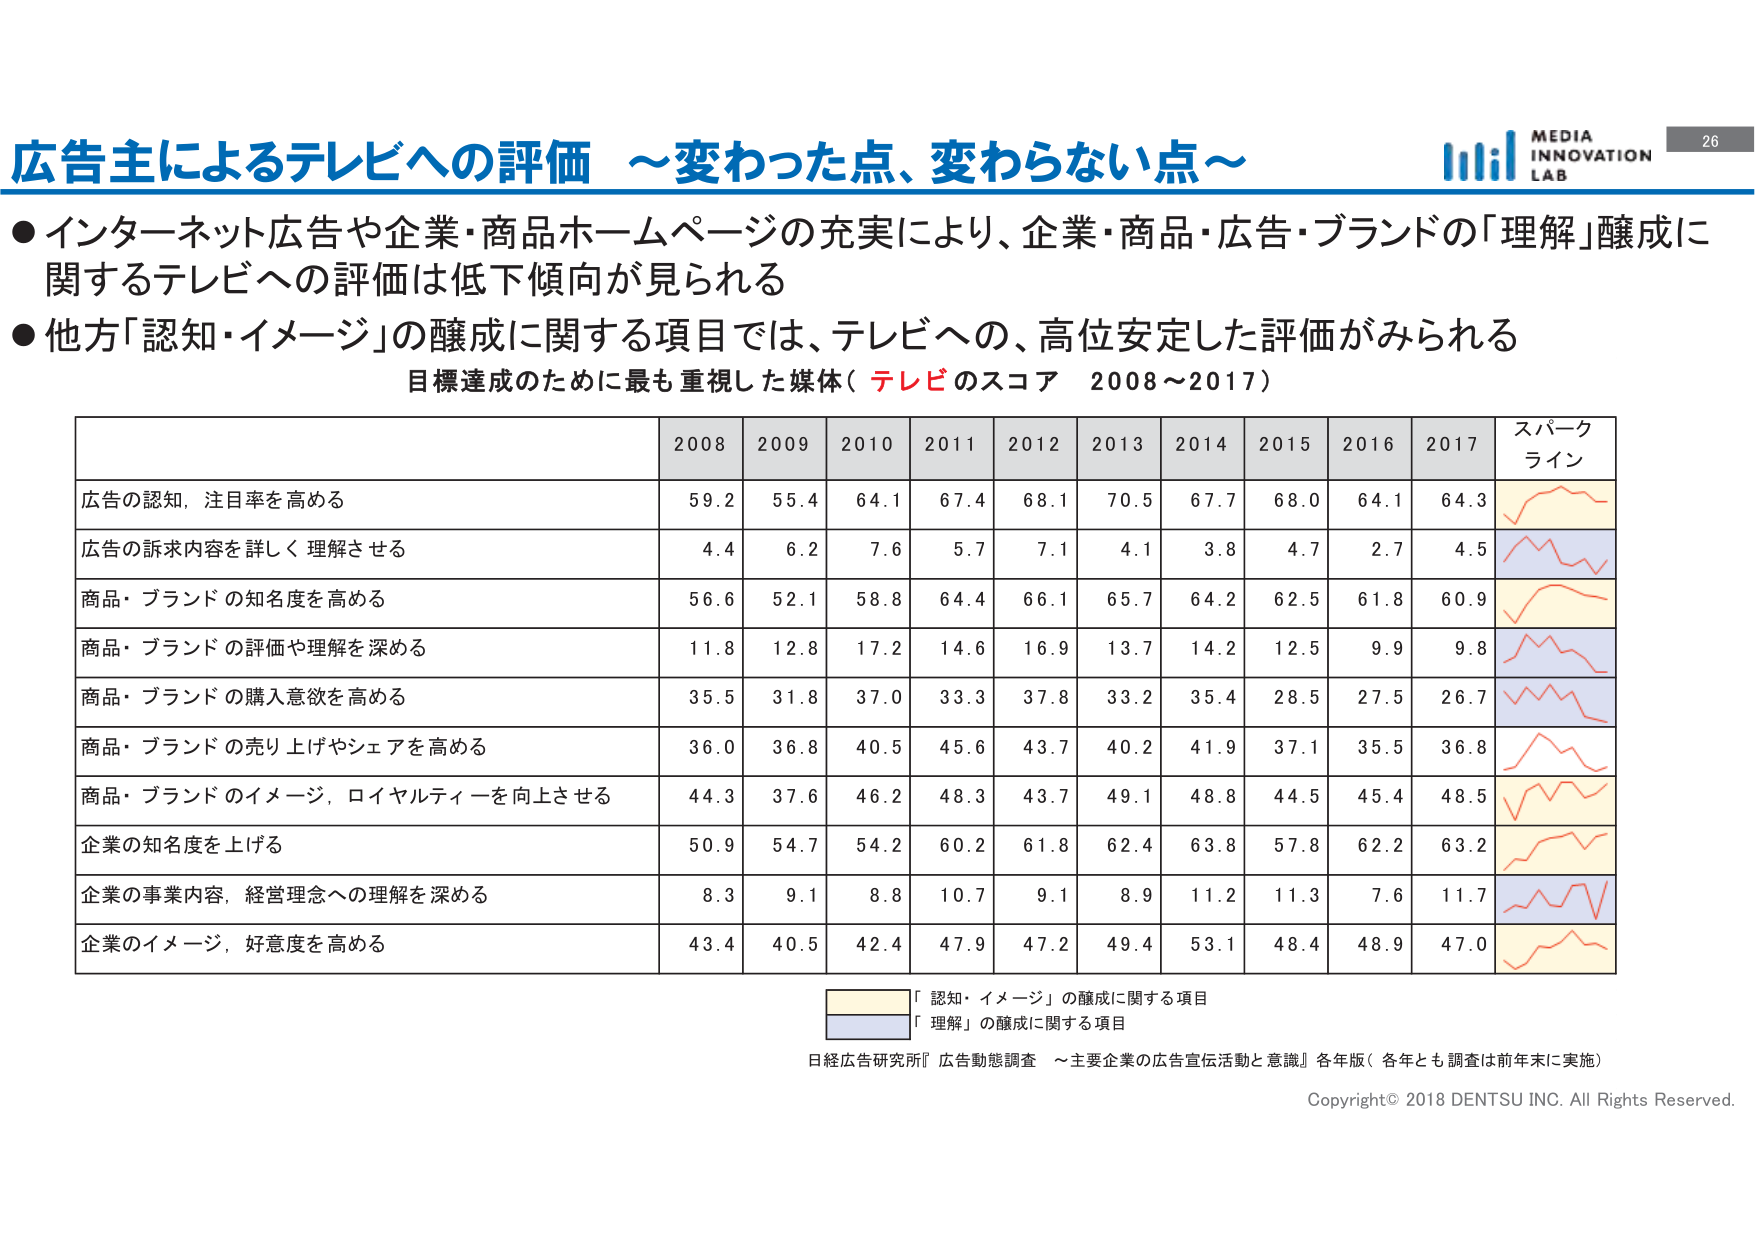
広告主によるテレビへの評価 ～変わった点、変わらない点～

●インターネット広告や企業・商品ホームページの充実により、企業・商品・広告・ブランドの「理解」醸成に関するテレビへの評価は低下傾向が見られる

●他方「認知・イメージ」の醸成に関する項目では、テレビへの、高位安定した評価がみられる

目標達成のために最も重視した媒体（テレビのスコア 2008～2017）

2008 2009 2010 2011 2012 2013 2014 2015 2016 2017 スパークライン

広告の認知，注目率を高める 59.2 55.4 64.1 67.4 68.1 70.5 67.7 68.0 64.1 64.3

広告の訴求内容を詳しく理解させる 4.4 6.2 7.6 5.7 7.1 4.1 3.8 4.7 2.7 4.5

商品・ブランドの知名度を高める 56.6 52.1 58.8 64.4 66.1 65.7 64.2 62.5 61.8 60.9

商品・ブランドの評価や理解を深める 11.8 12.8 17.2 14.6 16.9 13.7 14.2 12.5 9.9 9.8

商品・ブランドの購入意欲を高める 35.5 31.8 37.0 33.3 37.8 33.2 35.4 28.5 27.5 26.7

商品・ブランドの売り上げやシェアを高める 36.0 36.8 40.5 45.6 43.7 40.2 41.9 37.1 35.5 36.8

商品・ブランドのイメージ，ロイヤルティーを向上させる 44.3 37.6 46.2 48.3 43.7 49.1 48.8 44.5 45.4 48.5

企業の知名度を上げる 50.9 54.7 54.2 60.2 61.8 62.4 63.8 57.8 62.2 63.2

企業の事業内容，経営理念への理解を深める 8.3 9.1 8.8 10.7 9.1 8.9 11.2 11.3 7.6 11.7

企業のイメージ，好意度を高める 43.4 40.5 42.4 47.9 47.2 49.4 53.1 48.4 48.9 47.0

「認知・イメージ」の醸成に関する項目
「理解」の醸成に関する項目

日経広告研究所『広告動態調査 ～主要企業の広告宣伝活動と意識』各年版（各年とも調査は前年末に実施）

Copyright© 2018 DENTSU INC. All Rights Reserved.

MEDIA INNOVATION LAB
26